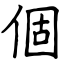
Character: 個